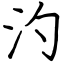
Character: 汋